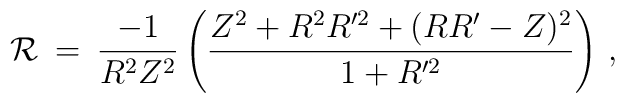
{\cal{R}} \: = \:\frac{-1}{R^2Z^2}\left( \frac{Z^2+R^2R'^2+(RR'-Z)^2}{1+R'^2}\right)\, ,